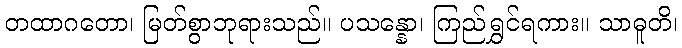
တထာဂတော၊ မြတ်စွာဘုရားသည်။ ပသန္နော၊ ကြည်ရွှင်ရကား။ သာဓူတိ၊